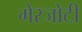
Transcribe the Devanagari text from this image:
मेरजोटी